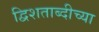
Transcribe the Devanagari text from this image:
द्विशताब्दीच्या